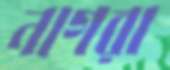
নাগরা